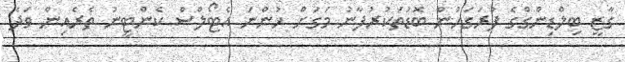
ގާޒީ ބިލްޑިންގްގެ ފުރަގަހުން ބޮޑުތަކުރުފާނު މަގަށް ހުންނަ އެޓޯލްސް ކެންޓީނު ތެރެއިން ވަދެ